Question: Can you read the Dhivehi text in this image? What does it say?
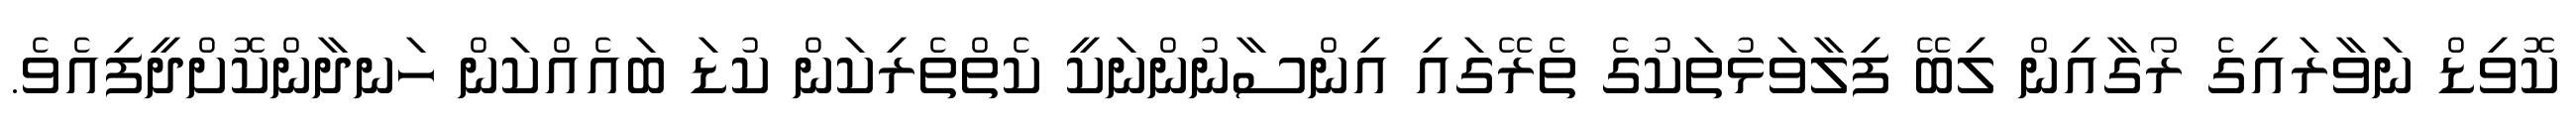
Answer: ކޮވިޑް ނަވާރައިގެ ރޯގާއިން ލިބޭ ފިލާވަޅުތަކުގެ ތެރޭގައި އިންސާނުންނަކީ ކެތްތެރިކަން ކުޑަ ބައެއްކަން ހަނދާންކޮށްދީފިއެވެ.